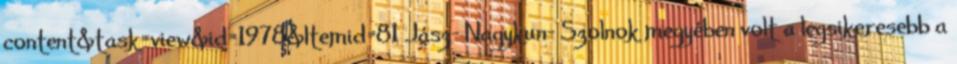
content&task=view&id=1978&Itemid=81 Jász- Nagykun- Szolnok megyében volt a legsikeresebb a